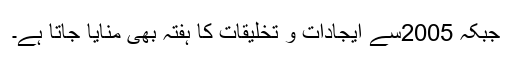
جبکہ 2005سے ایجادات و تخلیقات کا ہفتہ بھی منایا جاتا ہے۔